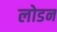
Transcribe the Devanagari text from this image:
लोडन